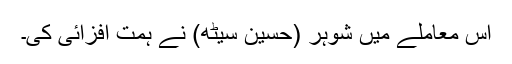
اس معاملے میں شوہر (حُسین سیٹھ) نے ہمت افزائی کی۔